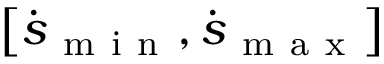
\left[ \dot { \boldsymbol { s } } _ { \mathrm { ~ m ~ i ~ n ~ } } , \dot { \boldsymbol { s } } _ { \mathrm { ~ m ~ a ~ x ~ } } \right]